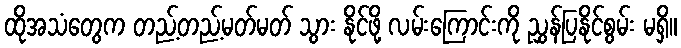
ထိုအသံတွေက တည့်တည့်မတ်မတ် သွား နိုင်ဖို့ လမ်းကြောင်းကို ညွှန်ပြနိုင်စွမ်း မရှိ။